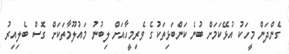
ގެންދަން މީހަކު އުޅޭކަމަށް ބުނެ ކަންބަޅިތަކުގެ ވެރިމީހާއަށް ލިބުނު މައުލޫމާތަކަށް ގޮސް ބެލިއިރު